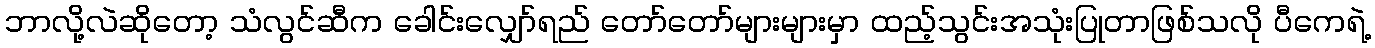
ဘာလို့လဲဆိုတော့ သံလွင်ဆီက ခေါင်းလျှော်ရည် တော်တော်များများမှာ ထည့်သွင်းအသုံးပြုတာဖြစ်သလို ပီကေရဲ့